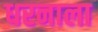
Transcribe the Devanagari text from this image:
धरनाला